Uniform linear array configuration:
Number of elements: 24
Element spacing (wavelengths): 0.75
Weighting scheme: cosine
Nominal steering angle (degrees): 45
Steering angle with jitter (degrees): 45.968
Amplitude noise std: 0.05
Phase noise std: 0.05

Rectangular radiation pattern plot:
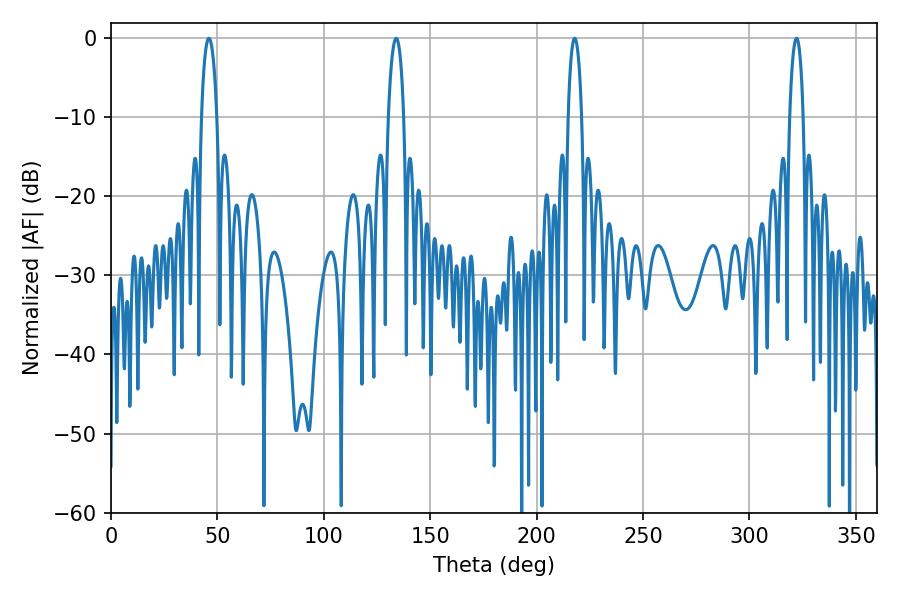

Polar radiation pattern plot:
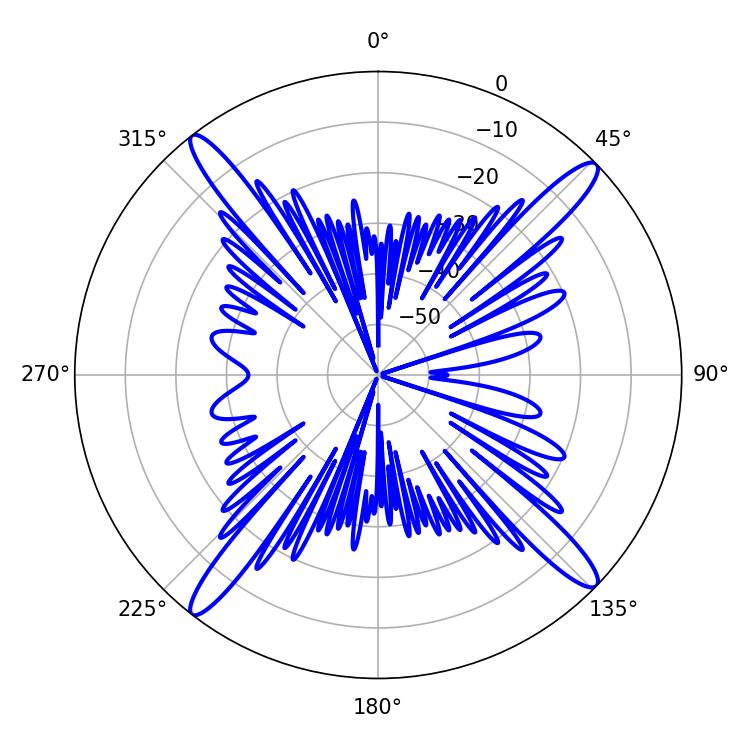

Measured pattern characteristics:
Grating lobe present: TRUE
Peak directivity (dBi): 18.409
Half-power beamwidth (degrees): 4.14
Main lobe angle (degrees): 133.92